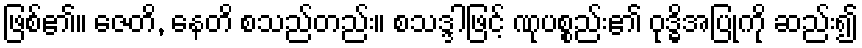
ဖြစ်၏။ ဇေတိ, နေတိ စသည်တည်း။ စသဒ္ဒါဖြင့် ဏုပစ္စည်း၏ ဝုဒ္ဓိအပြုကို ဆည်း၍